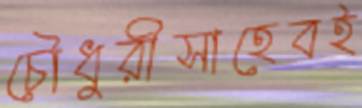
চৌধুরীসাহেবই